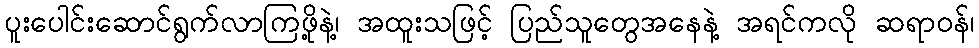
ပူးပေါင်းဆောင်ရွက်လာကြဖို့နဲ့၊ အထူးသဖြင့် ပြည်သူတွေအနေနဲ့ အရင်ကလို ဆရာဝန်၊